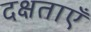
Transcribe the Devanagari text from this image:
दक्षताएँ